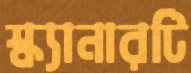
স্ক্যানারটি